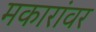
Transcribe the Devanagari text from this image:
मकारांवर